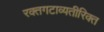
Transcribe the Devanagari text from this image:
रक्तगटाव्यतीरिक्त